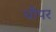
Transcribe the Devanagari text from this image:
चौपर